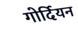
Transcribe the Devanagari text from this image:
गोर्दियन